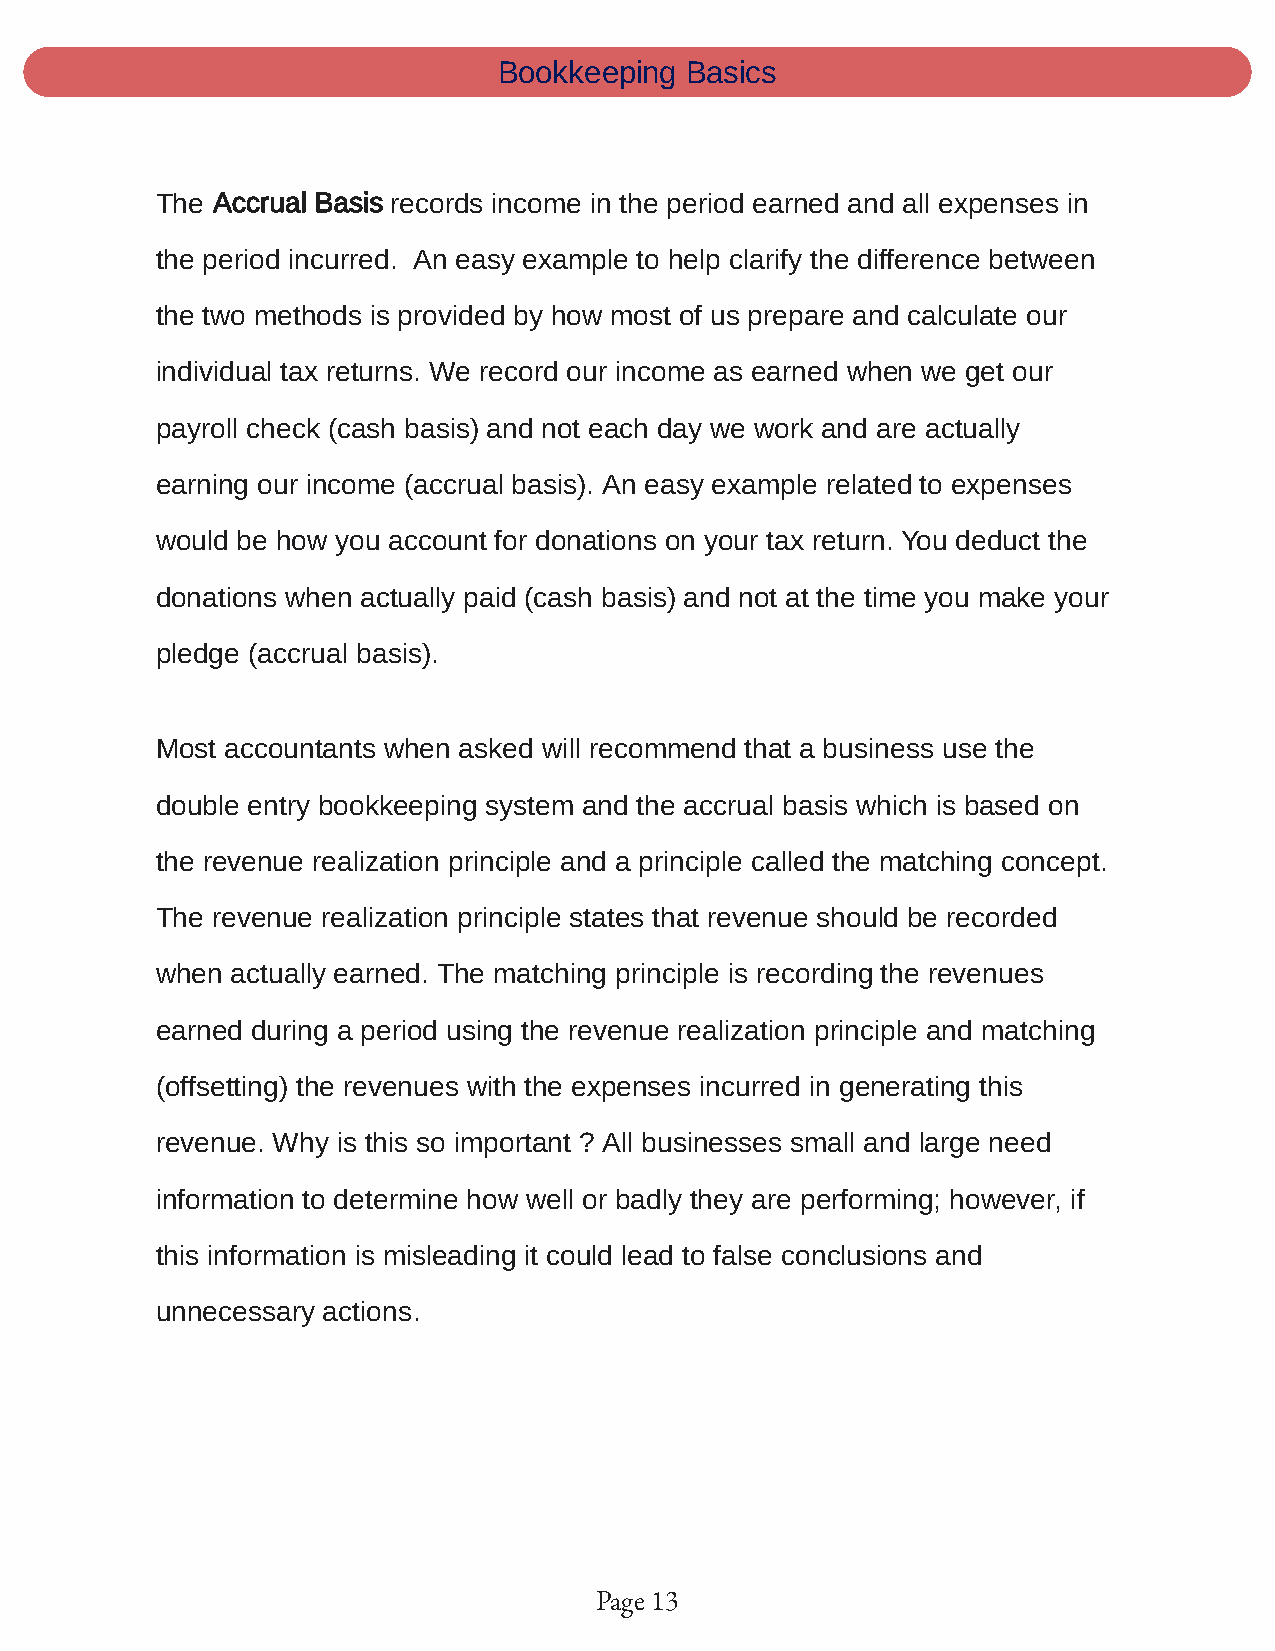
Bookkeeping Basics
 The Accrual Basis records income in the period earned and all expenses in
 the period incurred. An easy example to help clarify the difference between
 the two methods is provided by how most of us prepare and calculate our
 individual tax returns. We record our income as earned when we get our
 payroll check (cash basis) and not each day we work and are actually
 earning our income (accrual basis). An easy example related to expenses
 would be how you account for donations on your tax return. You deduct the
 donations when actually paid (cash basis) and not at the time you make your
 pledge (accrual basis).
 Most accountants when asked will recommend that a business use the
 double entry bookkeeping system and the accrual basis which is based on
 the revenue realization principle and a principle called the matching concept.
 The revenue realization principle states that revenue should be recorded
 when actually earned. The matching principle is recording the revenues
 earned during a period using the revenue realization principle and matching
 (offsetting) the revenues with the expenses incurred in generating this
 revenue. Why is this so important ? All businesses small and large need
 information to determine how well or badly they are performing; however, if
 this information is misleading it could lead to false conclusions and
 unnecessary actions.
 Page 13